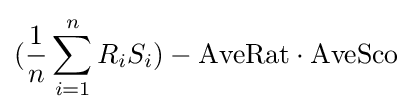
({\frac {1}{n}}\sum _{i=1}^{n}R_{i}S_{i})-{\mbox{AveRat}}\cdot {\mbox{AveSco}}